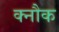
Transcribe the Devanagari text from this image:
क्नौक